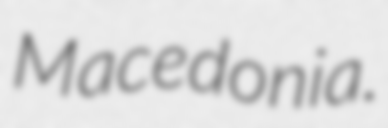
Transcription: Macedonia.